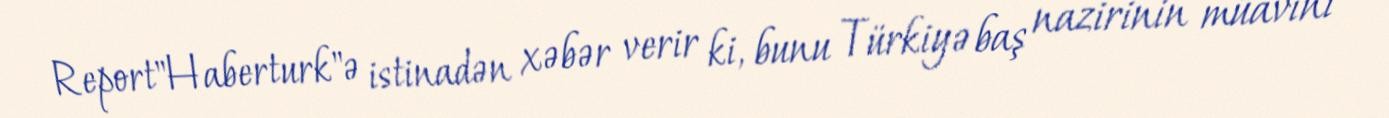
Report"Haberturk"ə istinadən xəbər verir ki, bunu Türkiyə baş nazirinin müavini